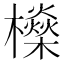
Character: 𣟕